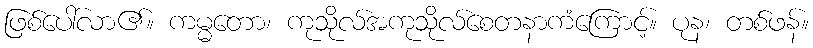
ဖြစ်ပေါ်လာ၏။ ကမ္မတော၊ ကုသိုလ်အကုသိုလ်စေတနာကံကြောင့်။ ပုန၊ တစ်ဖန်။